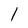
Character: l